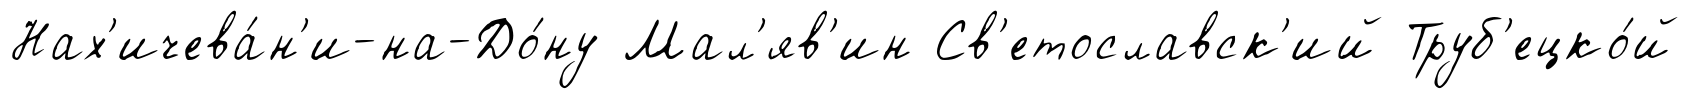
Нах'ичева́н'и-на-До́ну Мал'яв'ин Св'етославск'ий Труб'ецко́й